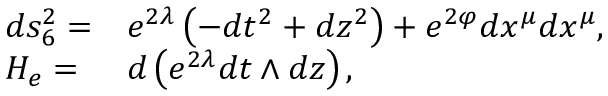
\begin{array} { l l } { { d s _ { 6 } ^ { 2 } = } } & { { e ^ { 2 \lambda } \left( - d t ^ { 2 } + d z ^ { 2 } \right) + e ^ { 2 \varphi } d x ^ { \mu } d x ^ { \mu } , } } \\ { { H _ { e } = } } & { { d \left( e ^ { 2 \lambda } d t \wedge d z \right) , } } \end{array}